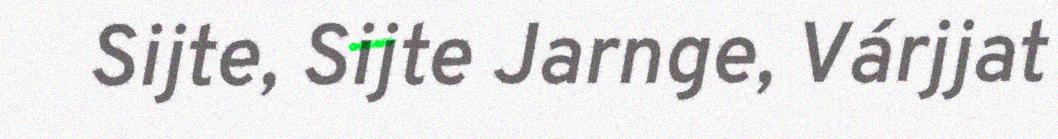
Sijte, Sijte Jarnge, Várjjat